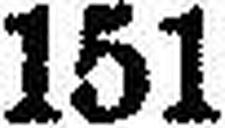
151